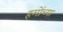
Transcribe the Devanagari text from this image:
हमोंच्या